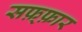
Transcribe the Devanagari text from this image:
सफ़्फ़ार